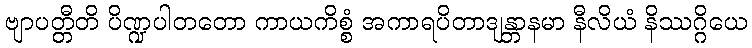
ဗျာပတ္တီတိ ပိဏ္ဍပါတတော ကာယကိစ္စံ အကာရပိတာဒျန္တာနမာ နီလိယံ နိဿဂ္ဂိယေ